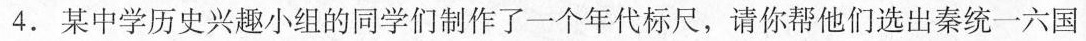
4.某中学历史兴趣小组的同学们制作了一个年代标尺，请你帮他们选出秦统一六国